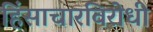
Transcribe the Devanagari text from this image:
हिंसाचारविरोधी